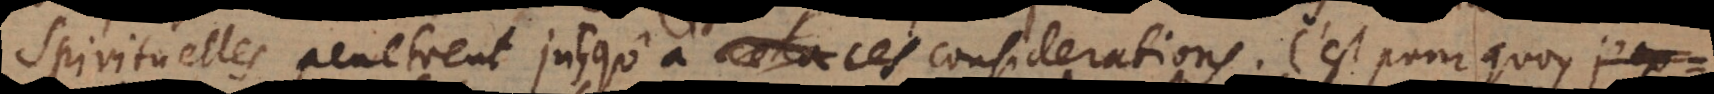
spirituelles, penetrent jusqu’à ces considerations. C’est pourquoy j’expl